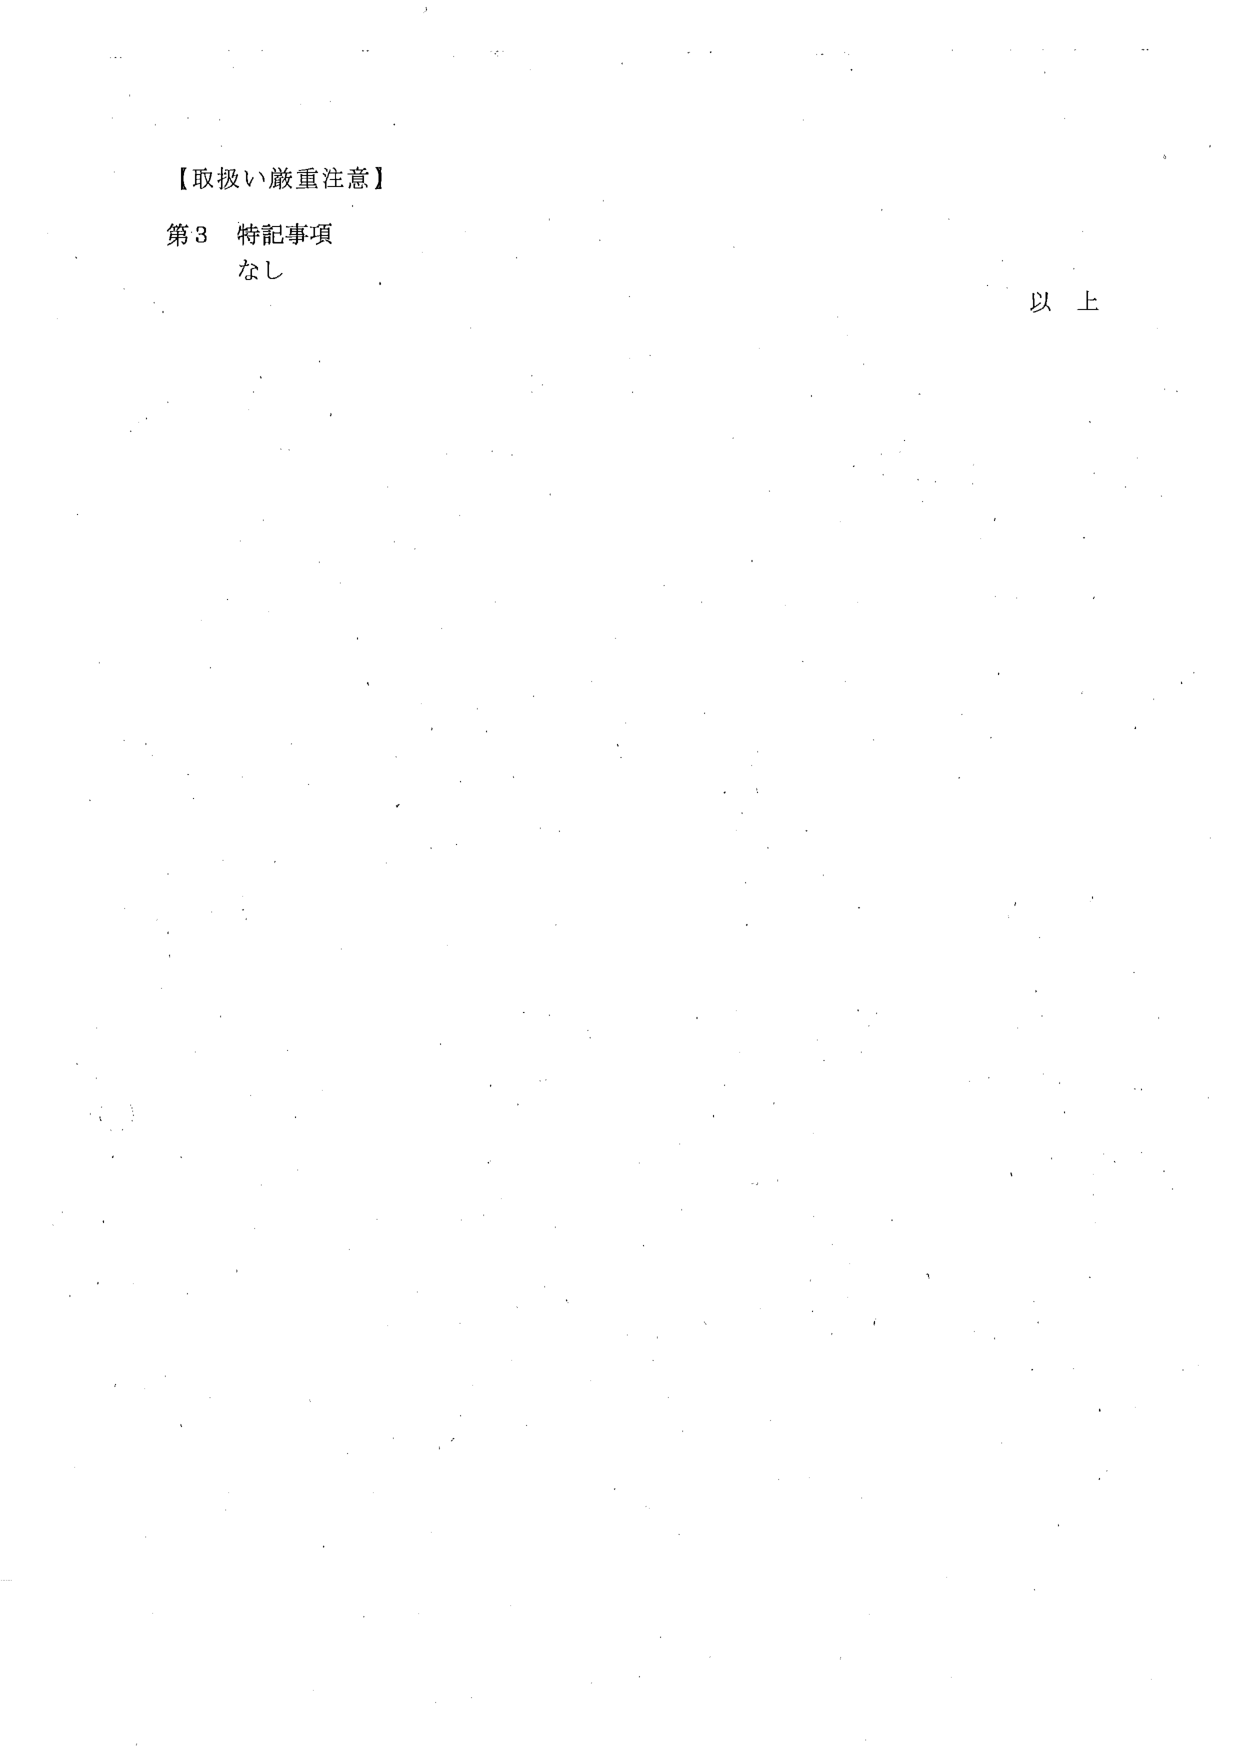
【取扱い厳重注意】
第3 特記事項
なし
以上